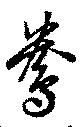
鴦